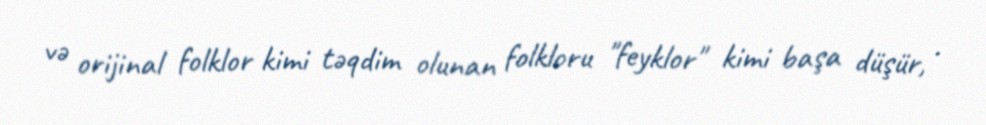
və orijinal folklor kimi təqdim olunan folkloru "feyklor" kimi başa düşür, .